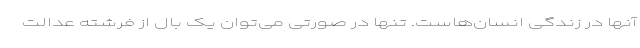
آنها در زندگی انسان‌هاست. تنها در صورتی می‌توان یک بال از فرشته عدالت